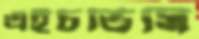
এইচভিসি